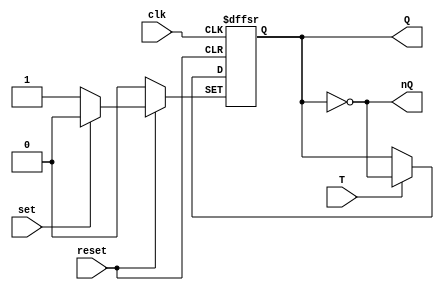
`timescale 1ns / 1ps
//////////////////////////////////////////////////////////////////////////////////
//
// Yaz YAMUR
// Design Name: Toggle Flip Flop 
// Module Name: T_FF
// Description: A simple Toggle Flip Flop Circuit with Asynchronous Low Set and Reset
// NOTE: I added set and reset to this flip flop so that Q can have an initial value.
// Otherwise the state is stuck as X. Also Set and Reset inputs are Active-0, which
// means they are normally valued HIGH and they become activated when their values are 
// set to LOW.
//////////////////////////////////////////////////////////////////////////////////

module T_FF(
    input clk, //Clock signal
    input reset, set, //Reset and Set inputs
    input T, //T input
    output reg Q, //Output State
    output nQ //Not State Output
    );
    
    assign nQ = ~Q; //nQ is assigned to "not Q"
    
    always @(posedge clk or negedge set or negedge reset) begin
        if(set==0) Q <= 1; // SET is activated
        
        else if(reset==0) Q <= 0; //RESET is activated
        
        // If toggle input in one it reverses the state output
        else if(T==1) Q <= ~Q;
        else Q <= Q; 
    end
endmodule